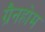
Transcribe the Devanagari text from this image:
ग्रैनहोम